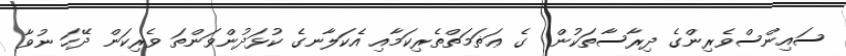
ސައިންސްވެރިންގެ ދިރާސާތަކުން  ގެ ޢަޡަމަތްތެރިކަމާއި އެކަލާނގެ ކުޅަދުންވަންތަ ވެރިކަން ދޭހަ ނުވާ